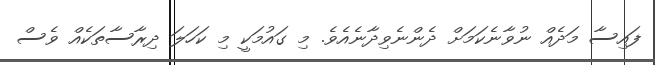
ފައިސާ މަދެއް ނުވާނެކަމަށް ދެންނެވިދާނެއެވެ. މި ގައުމަކީ މި ކަހަލަ ދިރާސާތަކެއް ވެސް